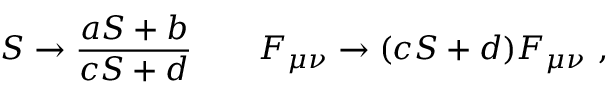
S \to { \frac { a S + b } { c S + d } } \qquad { \cal F } _ { \mu \nu } \to ( c S + d ) { \cal F } _ { \mu \nu } \ ,